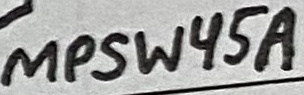
Text: MPSW45A